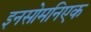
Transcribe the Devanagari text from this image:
इनसोमनिएक